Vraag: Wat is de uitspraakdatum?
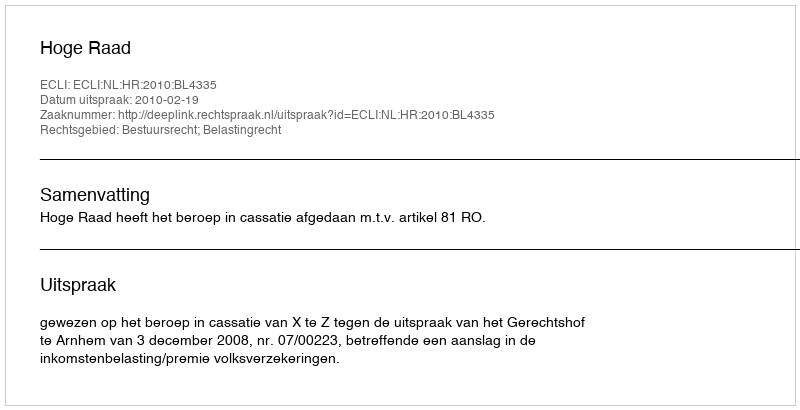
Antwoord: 2010-02-19